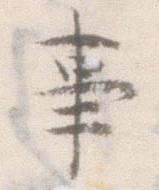
事